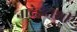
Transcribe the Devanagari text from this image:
नादेझ्दाशी